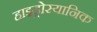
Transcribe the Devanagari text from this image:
हाइड्रोस्यानिक